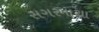
સગરમાથા